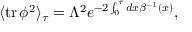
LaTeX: \langle \mathrm { t r } \, \phi ^ { 2 } \rangle _ { \tau } = \Lambda ^ { 2 } e ^ { - 2 \int _ { 0 } ^ { \tau } { d x \beta ^ { - 1 } ( x ) } } ,